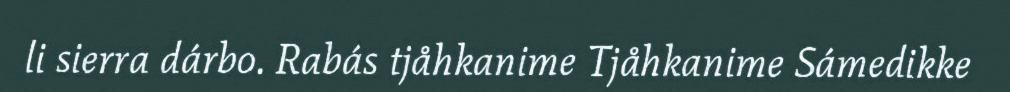
li sierra dárbo. Rabás tjåhkanime Tjåhkanime Sámedikke